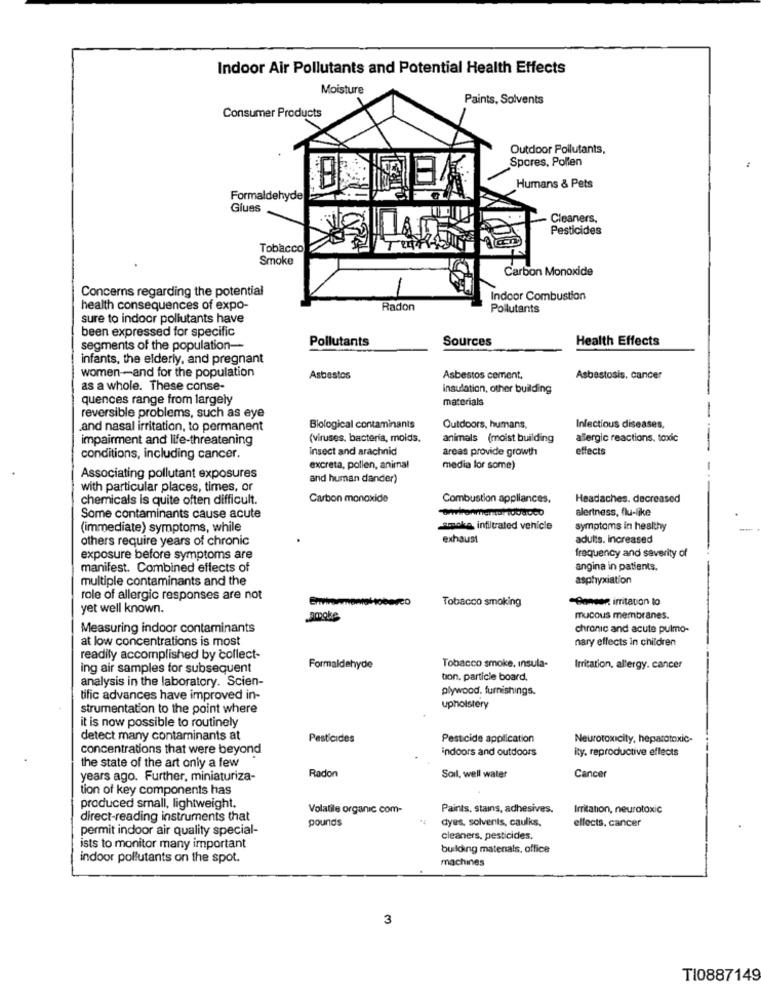
Indoor Air Pollutants and Potential Health Effects
Moisture
Paints, Solvents
Consumer Products
Outdoor Pollutants,
Spores, Pollen
Humans & Pets
Formaldehyde
Glues
Cleaners,
Pesticides
Tobacco
Smoke
Carbon Monoxide
Concerns regarding the potential
Indoor Combustion
health consequences of expo-
Radon
Pollutants
sure to indoor pollutants have
been expressed for specific
Pollutants
Sources
Health Effects
segments of the population --
infants, the elderly, and pregnant
women -- and for the population
Asbestos
Asbestos cement,
Asbestosis, cancer
as a whole. These conse
insulation, other building
quences range from largely
materials
reversible problems, such as eye
Infectious diseases,
and nasal irritation, to permanent
Biological contaminants
Outdoors, humans,
impairment and life-threatening
(viruses, bacteria, molds.
animals (moist building
allergic reactions, toxic
Insect and arachnid
areas provide growth
effects
conditions, including cancer.
excreta, pollen, animal
media lor some)
Associating pollutant exposures
and human dander)
with particular places, times, or
chemicals is quite often difficult.
Carbon monoxide
Combustion appliances.
Headaches. decreased
alertness, flu-like
Some contaminants cause acute
(immediate) symptoms, while
smoka infiltrated vehicle
symptoms in healthy
-
others require years of chronic
exhaust
adults. increased
frequency and severity of
exposure before symptoms are
manifest. Combined effects of
angina in patients.
multiple contaminants and the
asphyxiation
role of allergic responses are not
Tobacco smoking
-Onnear irritation lo
yet well known.
Brooke
mucous membranes.
Measuring indoor contaminants
chronic and acute pulmo-
at low concentrations is most
nary effects in children
readily accomplished by collect-
ing air samples for subsequent
Formaldehyde
Tobacco smoke, insula-
Irritation, allergy. cancer
analysis in the laboratory. Scien-
tion. particle board.
plywood. furnishings.
tific advances have improved in-
strumentation to the point where
upholstery
it is now possible to routinely
detect many contaminants at
Pesticides
Pesticide application
Neurotoxicity, hepatotoxic-
concentrations that were beyond
indoors and outdoors
Rty. reproductive effects
the state of the art only a few
years ago. Further, miniaturiza-
Radon
Soil, well water
Cancer
tion of key components has
produced small, lightweight.
Volatile organic com-
Paints, stains, adhesives.
Irritation, neurotoxic
direct-reading instruments that
pounds
dyes, solvents, caulks,
effects, cancer
permit indoor air quality special-
cleaners, pesticides.
ists to monitor many important
building matenals, office
indoor pollutants on the spot.
machines
3
TI0887149